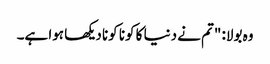
وہ بولا: "تم نے دنیا کا کونا کونا دیکھا ہوا ہے۔